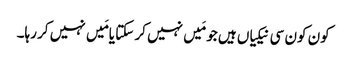
کون کون سی نیکیاں ہیں جو مَیں نہیں کر سکتا یامَیں نہیں کر رہا۔